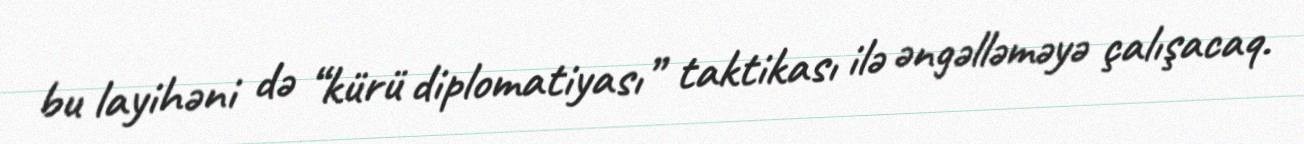
bu layihəni də “kürü diplomatiyası” taktikası ilə əngəlləməyə çalışacaq.